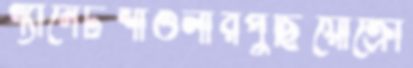
গ্যানেটশাওলীরপুঁছিয়োক্রো